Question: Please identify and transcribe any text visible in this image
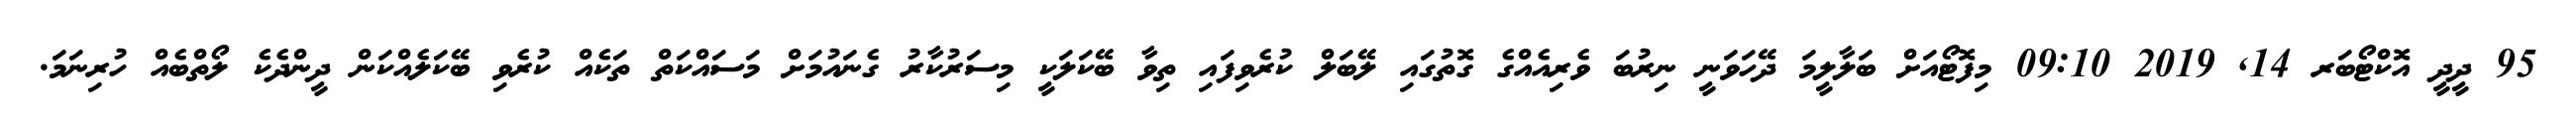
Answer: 95 ދީދީ އޮކްޓޯބަރ 14, 2019 09:10 މިފޮޓޯއަށް ބަލާލީމަ ދޭހަވަނީ ނިރުބަ ވެރިއެއްގެ ގޮތުގައި ލޭބަލް ކުރެވިފައި ތިވާ ބޭކަލަކީ މިސަރުކާރު ގެނައުމަށް މަސައްކަތް ތަކެއް ކުރެވި ބޭކަލެއްކަން ދީންދެކެ ލޯތްބެއް ހުރިނަމަ.